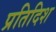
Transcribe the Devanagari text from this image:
प्रतिदिश